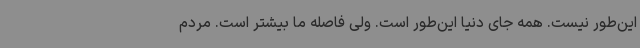
این‌طور نیست. همه جای دنیا این‌طور است. ولی فاصله ما بیشتر است. مردم